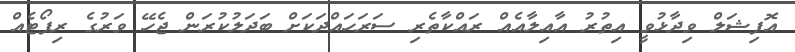
އޮފިޝަލް ވިދާޅުވީ އިތުރު އާއިލާއެއް ރައްކާތެރި ސަރަހައްދަކަށް ބަދަލުކުރަން ޖެހޭ ވަރުގެ ރިޕޯޓެއް